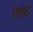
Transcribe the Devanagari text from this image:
साट